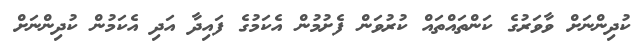
ކުދިންނަށް ވާވަރުގެ ކަންތައްތައް ކުރުވަން ފެށުމުން އެކަމުގެ ފައިދާ އަދި އެކަމުން ކުދިންނަށް